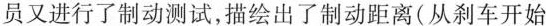
员又进行了制动测试，描绘出了制动距离(从刹车开始